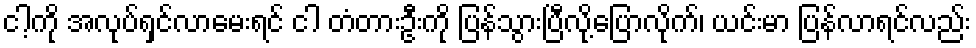
ငါ့ကို အလုပ်ရှင်လာမေးရင် ငါ တံတားဦးကို ပြန်သွားပြီလို့ပြောလိုက်၊ ယင်းမာ ပြန်လာရင်လည်း